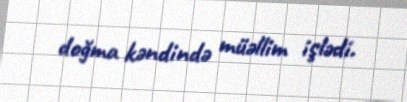
doğma kəndində müəllim işlədi.